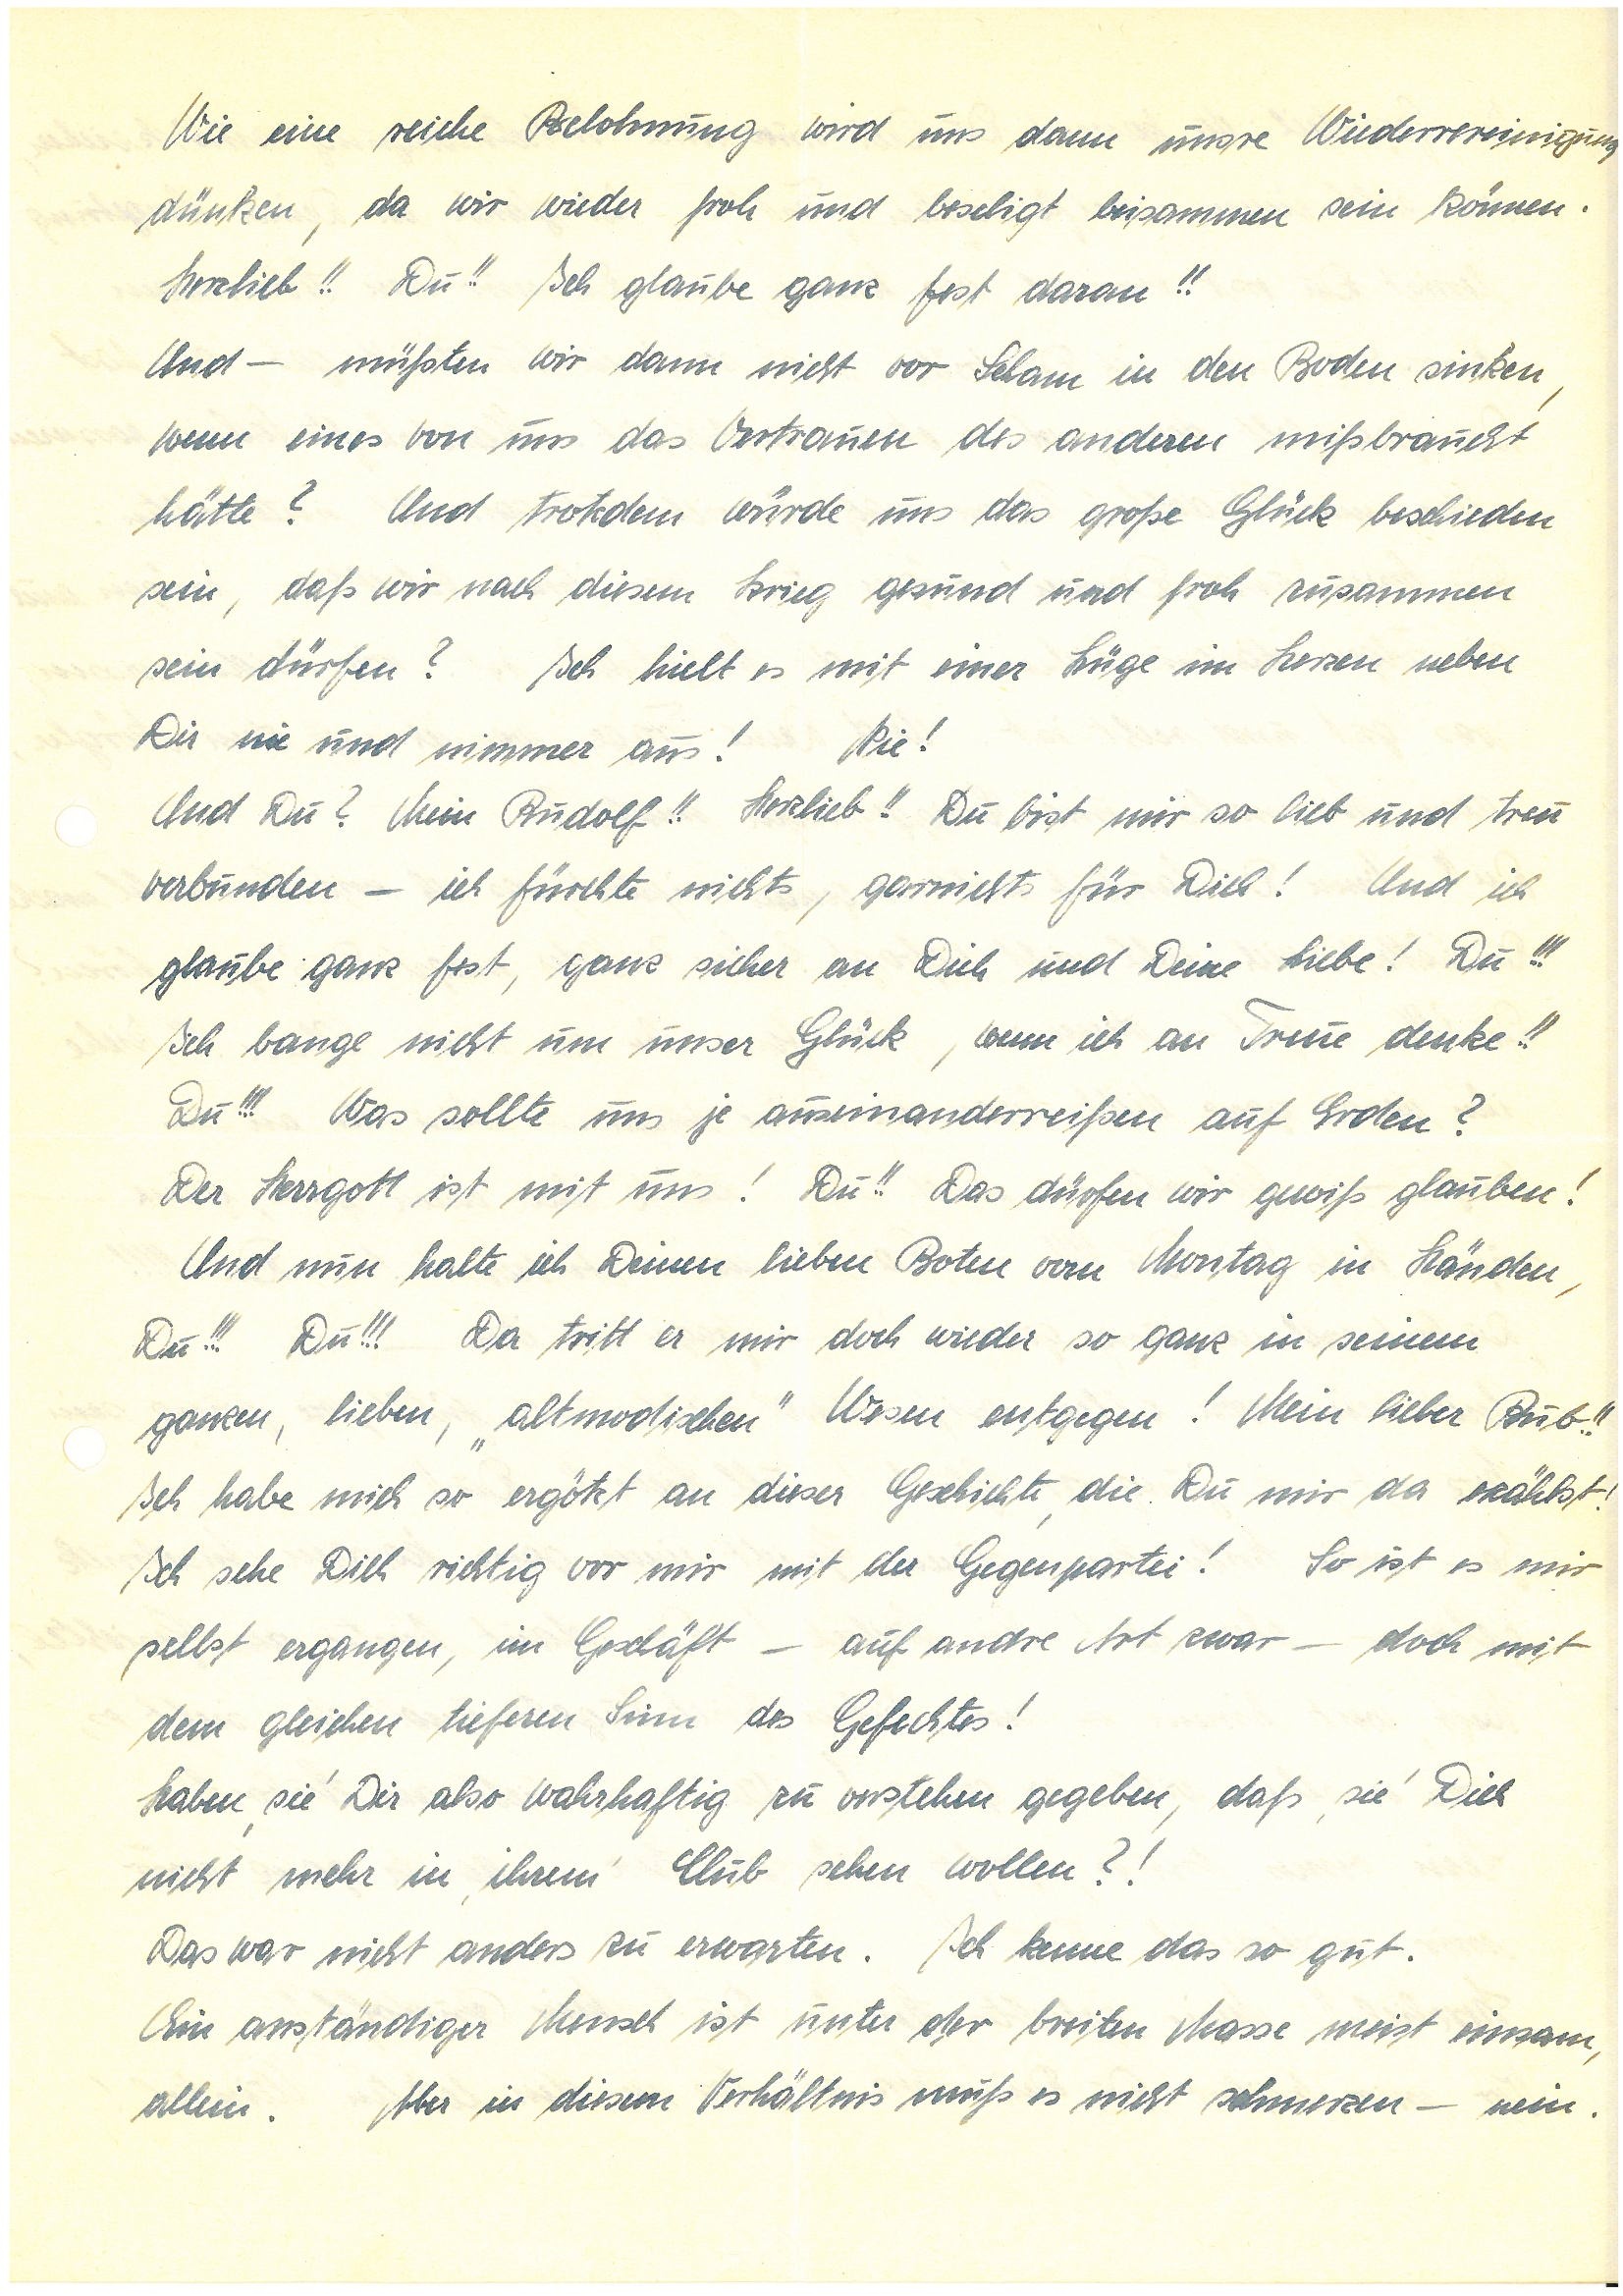
Wie eine reiche Belohnung wird uns dann unsre Wiedervereinigung
dünken, da wir wieder froh und beseligt beisammen sein können.
Herzlieb!! Du!! Ich glaube ganz fest daran!!
Und – müßten wir dann nicht vor Scham in den Boden sinken,
wenn eines von uns das Vertrauen des anderen mißbraucht
hätte? Und trotzdem würde uns das große Glück beschieden
sein, daß wir nach diesem Krieg gesund und froh zusammen
sein dürfen? Ich hielt es mit einer Lüge im Herzen neben
Dir nie und nimmer aus! Nie!
Und Du? Mein!! Herzlieb!! Du bist mir so lieb und treu
verbunden – ich fürchte nichts, garnichts für Dich! Und ich
glaube ganz fest, ganz sicher an Dich und Deine Liebe! Du!!!
Ich bange nicht um unser Glück, wenn ich an Treue denke!!
Du!!! Was sollte uns je auseinanderreißen auf Erden?
Der Herrgott ist mit uns! Du!! Das dürfen wir gewiß glauben!
Und nun halte ich Deinen lieben Boten vom Montag in Händen,
Du!!! Du!!! Da tritt er mir doch wieder so ganz in seinem
ganzen, lieben, „altmodischen“ Wesen entgegen! Mein lieber Bub!!
Ich habe mich so ergötzt an dieser Geschichte, die Du mir da erzählst!
Ich sehe Dich richtig vor mir mit der Gegenpartei! So ist es mir
selbst ergangen, im Geschäft – auf andre Art zwar – doch mit
dem gleichen tieferen Sinn des Gefechtes!
Haben ,sie’ Dir also wahrhaftig zu verstehen gegeben, daß ,sie’ Dich
nicht mehr in ,ihrem’ Club sehen wollen?!
Das war nicht anders zu erwarten. Ich kenne das so gut.
Ein anständiger Mensch ist unter der breiten Masse meist einsam,
allein. Aber in diesem Verhältnis muß es nicht schmerzen – nein.